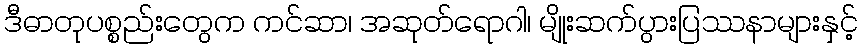
ဒီဓာတုပစ္စည်းတွေက ကင်ဆာ၊ အဆုတ်ရောဂါ၊ မျိုးဆက်ပွားပြဿနာများနှင့်